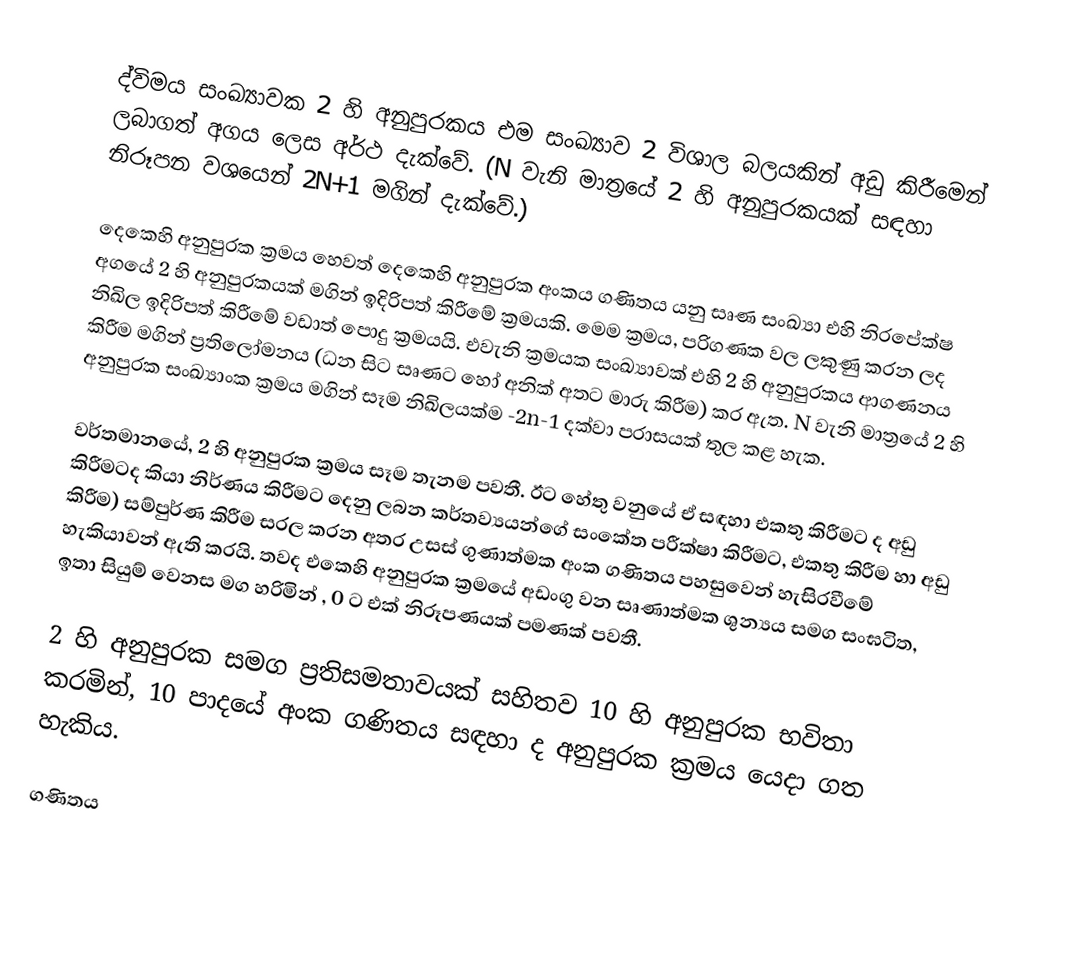
ද්විමය සංඛ්‍යාවක 2 හි අනුපුරකය එම සංඛ්‍යාව 2 විශාල බලයකින් අඩු කිරීමෙන් ලබාගත් අගය ලෙස අර්ථ දැක්වේ. (N වැනි මාත්‍රයේ 2 හි අනුපුරකයක් සඳහා නිරූපන වශයෙන් 2N+1 මගින් දැක්වේ.)

දෙකෙහි අනුපුරක ක්‍රමය හෙවත් දෙකෙහි අනුපුරක අංකය ගණිතය යනු සෘණ  සංඛ්‍යා එහි නිරපේක්ෂ අගයේ 2 හි අනුපුරකයක් මගින් ඉදිරිපත් කිරීමේ ක්‍රමයකි. මෙම ක්‍රමය, පරිගණක වල ලකුණු කරන ලද නිඛිල ඉදිරිපත් කිරීමේ වඩාත් පොදු ක්‍රමයයි. එවැනි ක්‍රමයක සංඛ්‍යාවක් එහි 2 හි අනුපුරකය ආගණනය කිරීම මගින් ප්‍රති‍ලෝමනය (ධන සිට සෘණට හෝ අනික් අතට මාරු කිරීම) කර ඇත. N වැනි මාත්‍රයේ 2 හි අනුපුරක සංඛ්‍යාංක ක්‍රමය මගින් සෑම නිඛිලයක්ම -2n-1 දක්වා පරාසයක් තුල කළ හැක.

වර්තමානයේ, 2 හි අනුපුරක ක්‍රමය සෑම තැනම පවතී. ඊට හේතු වනුයේ ඒ සඳහා එකතු කිරීමට ද අඩු කිරීමටද කියා නිර්ණය කිරීමට දෙනු ලබන කර්තව්‍යයන්ගේ සංකේත පරීක්ෂා කිරීමට, එකතු කිරීම හා අඩු කිරීම) සම්පුර්ණ කිරීම සරල කරන අතර උසස් ගුණාත්මක අංක ගණිතය පහසුවෙන් හැසිරවීමේ හැකියාවන් ඇති කරයි. තවද එකෙහි අනුපුරක ක්‍රමයේ අඩංගු වන සෘණාත්මක ශුන්‍යය සමග සංඝටිත, ඉතා සියුම් වෙනස මග හරිමින් , 0 ට එක් නිරූපණයක් පමණක් පවතී.

2 හි අනුපුරක සමග ප්‍රතිසමතාවයක් සහිතව 10 හි අනුපුරක භවිතා කරමින්, 10 පාදයේ අංක ගණිතය සඳහා ද අනුපුරක ක්‍රමය යෙදා ගත හැකිය.

ගණිතය